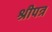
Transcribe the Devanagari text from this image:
श्रीपत्र